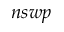
n s w p